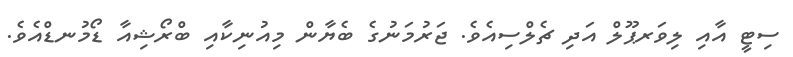
ސިޓީ އާއި ލިވަރޕޫލް އަދި ޗެލްސިއެވެ. ޖަރުމަނުގެ ބެޔާން މިއުނިކާއި ބްރޯޝިއާ ޑޯމުނޑްއެވެ.